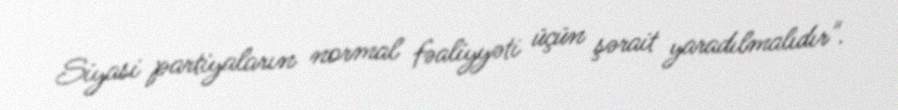
Siyasi partiyaların normal fəaliyyəti üçün şərait yaradılmalıdır".